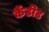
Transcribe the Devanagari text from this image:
कैंडीड